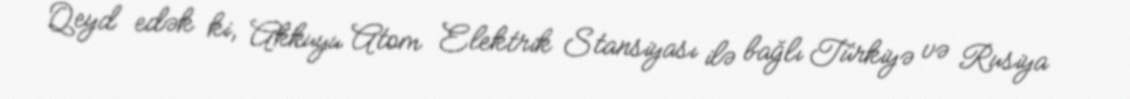
Qeyd edək ki, Akkuyu Atom Elektrik Stansiyası ilə bağlı Türkiyə və Rusiya